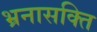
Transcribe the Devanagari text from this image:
भ्रनासक्ति